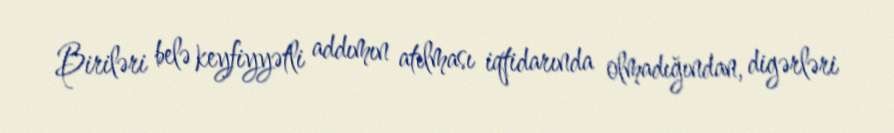
Biriləri belə keyfiyyətli addımın atılması iqtidarında olmadığından, digərləri